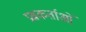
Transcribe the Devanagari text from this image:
प्रश्नकर्ताओं